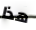
هذا